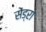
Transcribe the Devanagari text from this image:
सेंड्रा